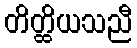
တိတ္ထိယသညီ